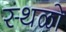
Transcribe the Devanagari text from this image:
स्थळो